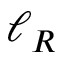
\ell _ { R }